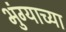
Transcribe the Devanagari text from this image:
भुंग्याच्या